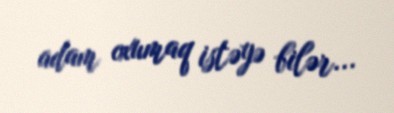
adam oxumaq istəyə bilər...